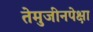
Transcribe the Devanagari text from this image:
तेमुजीनपेक्षा